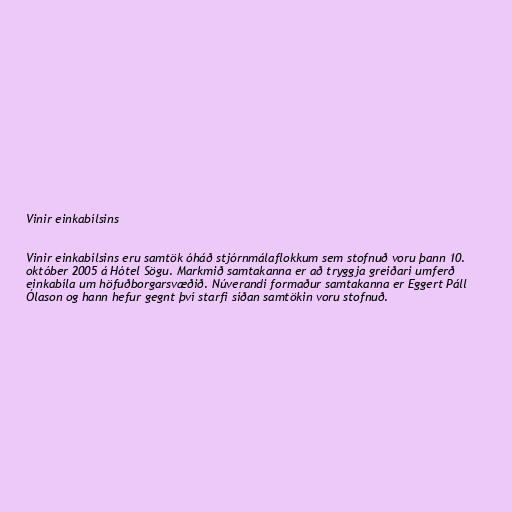
Vinir einkabílsins

Vinir einkabílsins eru samtök óháð stjórnmálaflokkum sem stofnuð voru þann 10.
október 2005 á Hótel Sögu. Markmið samtakanna er að tryggja greiðari umferð
einkabíla um höfuðborgarsvæðið. Núverandi formaður samtakanna er Eggert Páll
Ólason og hann hefur gegnt því starfi síðan samtökin voru stofnuð.